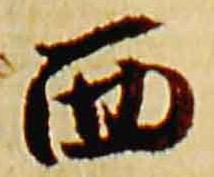
西